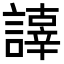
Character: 𧬕